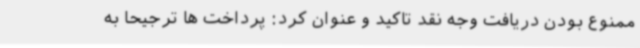
ممنوع بودن دریافت وجه نقد تاکید و عنوان کرد: پرداخت ها ترجیحاً به